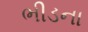
ભીડના